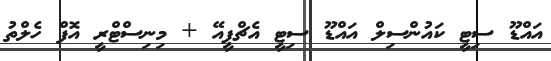
އައްޑޫ ސިޓީ ކައުންސިލް އައްޑޫ ސިޓީ އެޗްޕީއޭ + މިނިސްޓްރީ އޮފް ހެލްތު